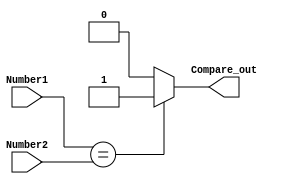

module Compare(
input [31:0]Number1,
input [31:0]Number2,
output Compare_out
    );
    assign Compare_out=(Number1==Number2)? 1:0;
endmodule